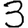
Digit: 3